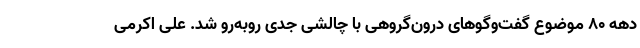
دهه ۸۰ موضوع گفت‌وگوهای درون‌گروهی با چالشی جدی روبه‌رو شد. علی اکرمی